Scottish Leaving Certificate Examination, 1961
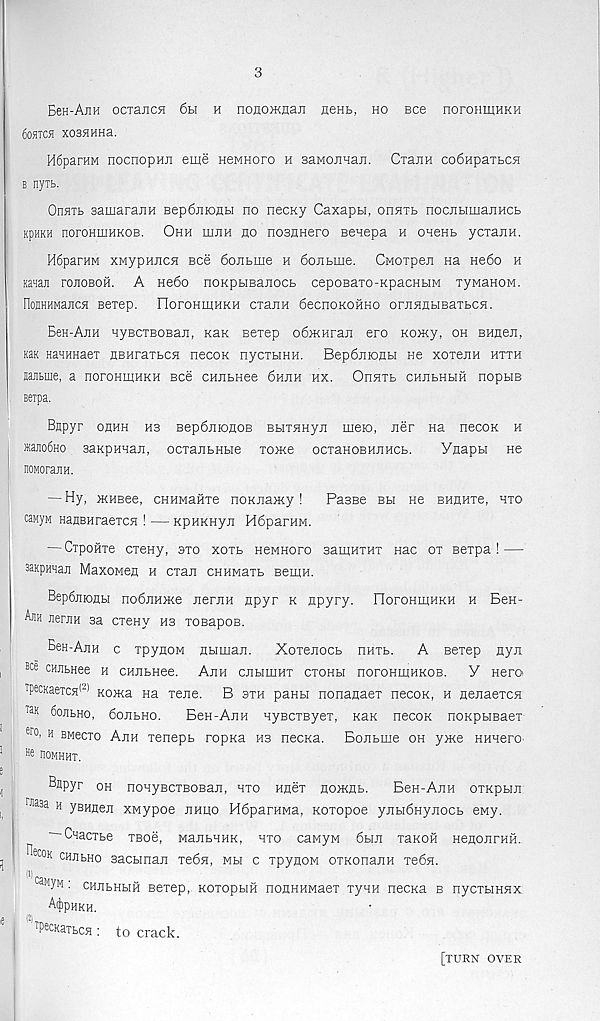
3
Een-AjiH ocTancji 6h h nonomnaji neHL, ho see noroumHKH
60HTC5J XOSHHHa.
H6paraM nocnopHH eme HeMHoro h 3aMOHHan. CrajiH co6HpaTbC5i
b nyib.
OnHTt samarajiH Bep6jnonbi no neony Caxapbi, onnib nocjibimaJiHCb
npHKH noroHLHHKOB. Ohh iiijih no nosHHero Benepa u oneHb ycxaiiH.
H6parHM xMypHJicn bcc 6onbine h 6onbme. CMOTpen na He6o h
Kanaji fouoboh. A He6o noKpbiBanocb cepoBaro-KpacHbiM TyManoM.
FIonHHMajicn Bexep. IloroHiHHKH cxajiH 6ecnoKOHHO orjinnbiBaxbcn.
Ben-AjiH HyBCXBOBaji, Kan Bexep o6wHraji ero Komy, oh BHneji,
KaK HaHHHaex HBHraxbCH necox nycxbiHH. Bep6jiK)Hbi He xoxenH hxxh
Hajibme, a noronmuKH ece cHJibHee 6hjih hx. Ohhxb chjibhhh nopbis
serpa.
Biipyr ohhh hb Bep6jiionoB BbixnHyji meio, ner Ha hccok h
)Kajio6HO saxpHnaji, ocxaubHbie xoace ocxaHOBHjiHCb.
YHapbi He
noMorajiH.
— Hy, HHBee, CKHMame noKJxamy!
Passe bh He bhhhxb, hxo
caMyM HanBHraexcH ! — KpHKHyji H6parHM.
— CxpoHxe cxeny, sxo xoxb HeMHoro samHXHx nac ox sexpa! —
saKpman MaxoMen h exan cHHMaxb BemH.
Bep6jiK3Hbi rroEjiHXKe jierjiH npyr k npyry. noroHirjHKH h Ben-
Ajih jieriiH sa cxeny hs xoBapoB.
Ben-AjiH c xpynoM flbiman.
Xoxejiocb hhxb. A Bexep ayn
Bce CM tHee h CHJibHee. Ajih cjihuihx cxohbi noronmuKOB. Y Hero
TpecKaeic5i (2) KoiKa na xene. B sxh paHH nonaaaex necon, h neiiaexcH'
Ta >< 6ojibHo, 6ojibHO.
Ben-AjiH nyBCXByex, Kan necoK noKpbiBaex-
er0, H BMecxo Ajih xenepb ropKa hs necKa. Bojibme oh yxce HHnerO'
86 nOMHHT.
^npyr oh nonyBcxBOBaji, hxo Hnex no>Kflb.
Ben-AjiH oxkphji:
raaaa h ysHaeji XMypoe jihijo H6parHwa, noxopoe yjibi6Hyjiocb ewy.
— Cxacrbe xsoe, MajibHHK, hxo canyM 6biji xaKOH HeaojirHH.
^eeoK CHjibHo sacbinaji xeEn, mh c xpynoM oxKonajiH xe6H.
caM y« ; CHJibHbiH Bexep, KOxopHH nonHHMaex xynH necna b nycxbiHHx
A^pHKH.
(2)
PecKaTbca : to crack.
[turn over